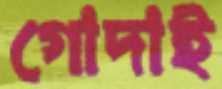
গোদাই